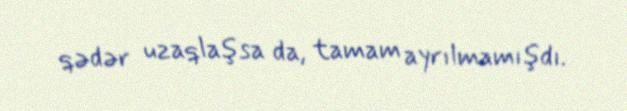
qədər uzaqlaşsa da, tamam ayrılmamışdı.